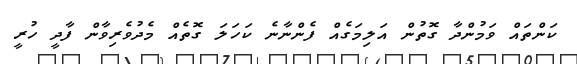
ކަންތައް ވަމުންދާ ގޮތުން އަލިމަގެއް ފެންނާނެ ކަހަލަ ގޮތެއް މެދުވެރިވާން ފާދީ ހުރީ